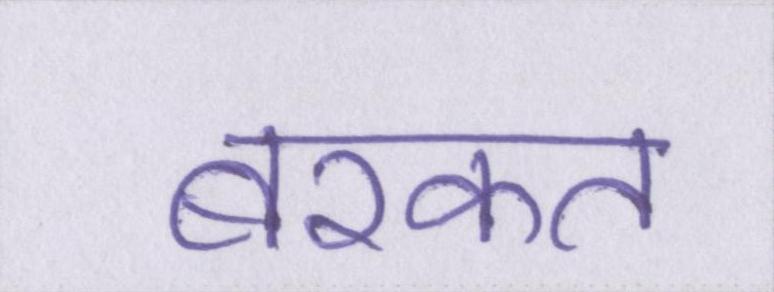
बरकत